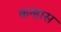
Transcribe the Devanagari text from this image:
कन्हास